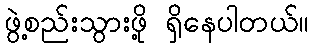
ဖွဲ့စည်းသွားဖို့ ရှိနေပါတယ်။